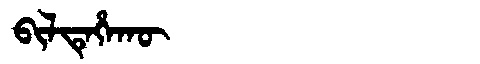
Manchu: ᠪᡳᠯᡨᡝᡥᠠᡴᡡ
Romanization: BILTEHAKŪ